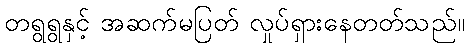
တရွရွနှင့် အဆက်မပြတ် လှုပ်ရှားနေတတ်သည်။